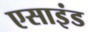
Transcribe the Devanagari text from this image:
एसाइंड